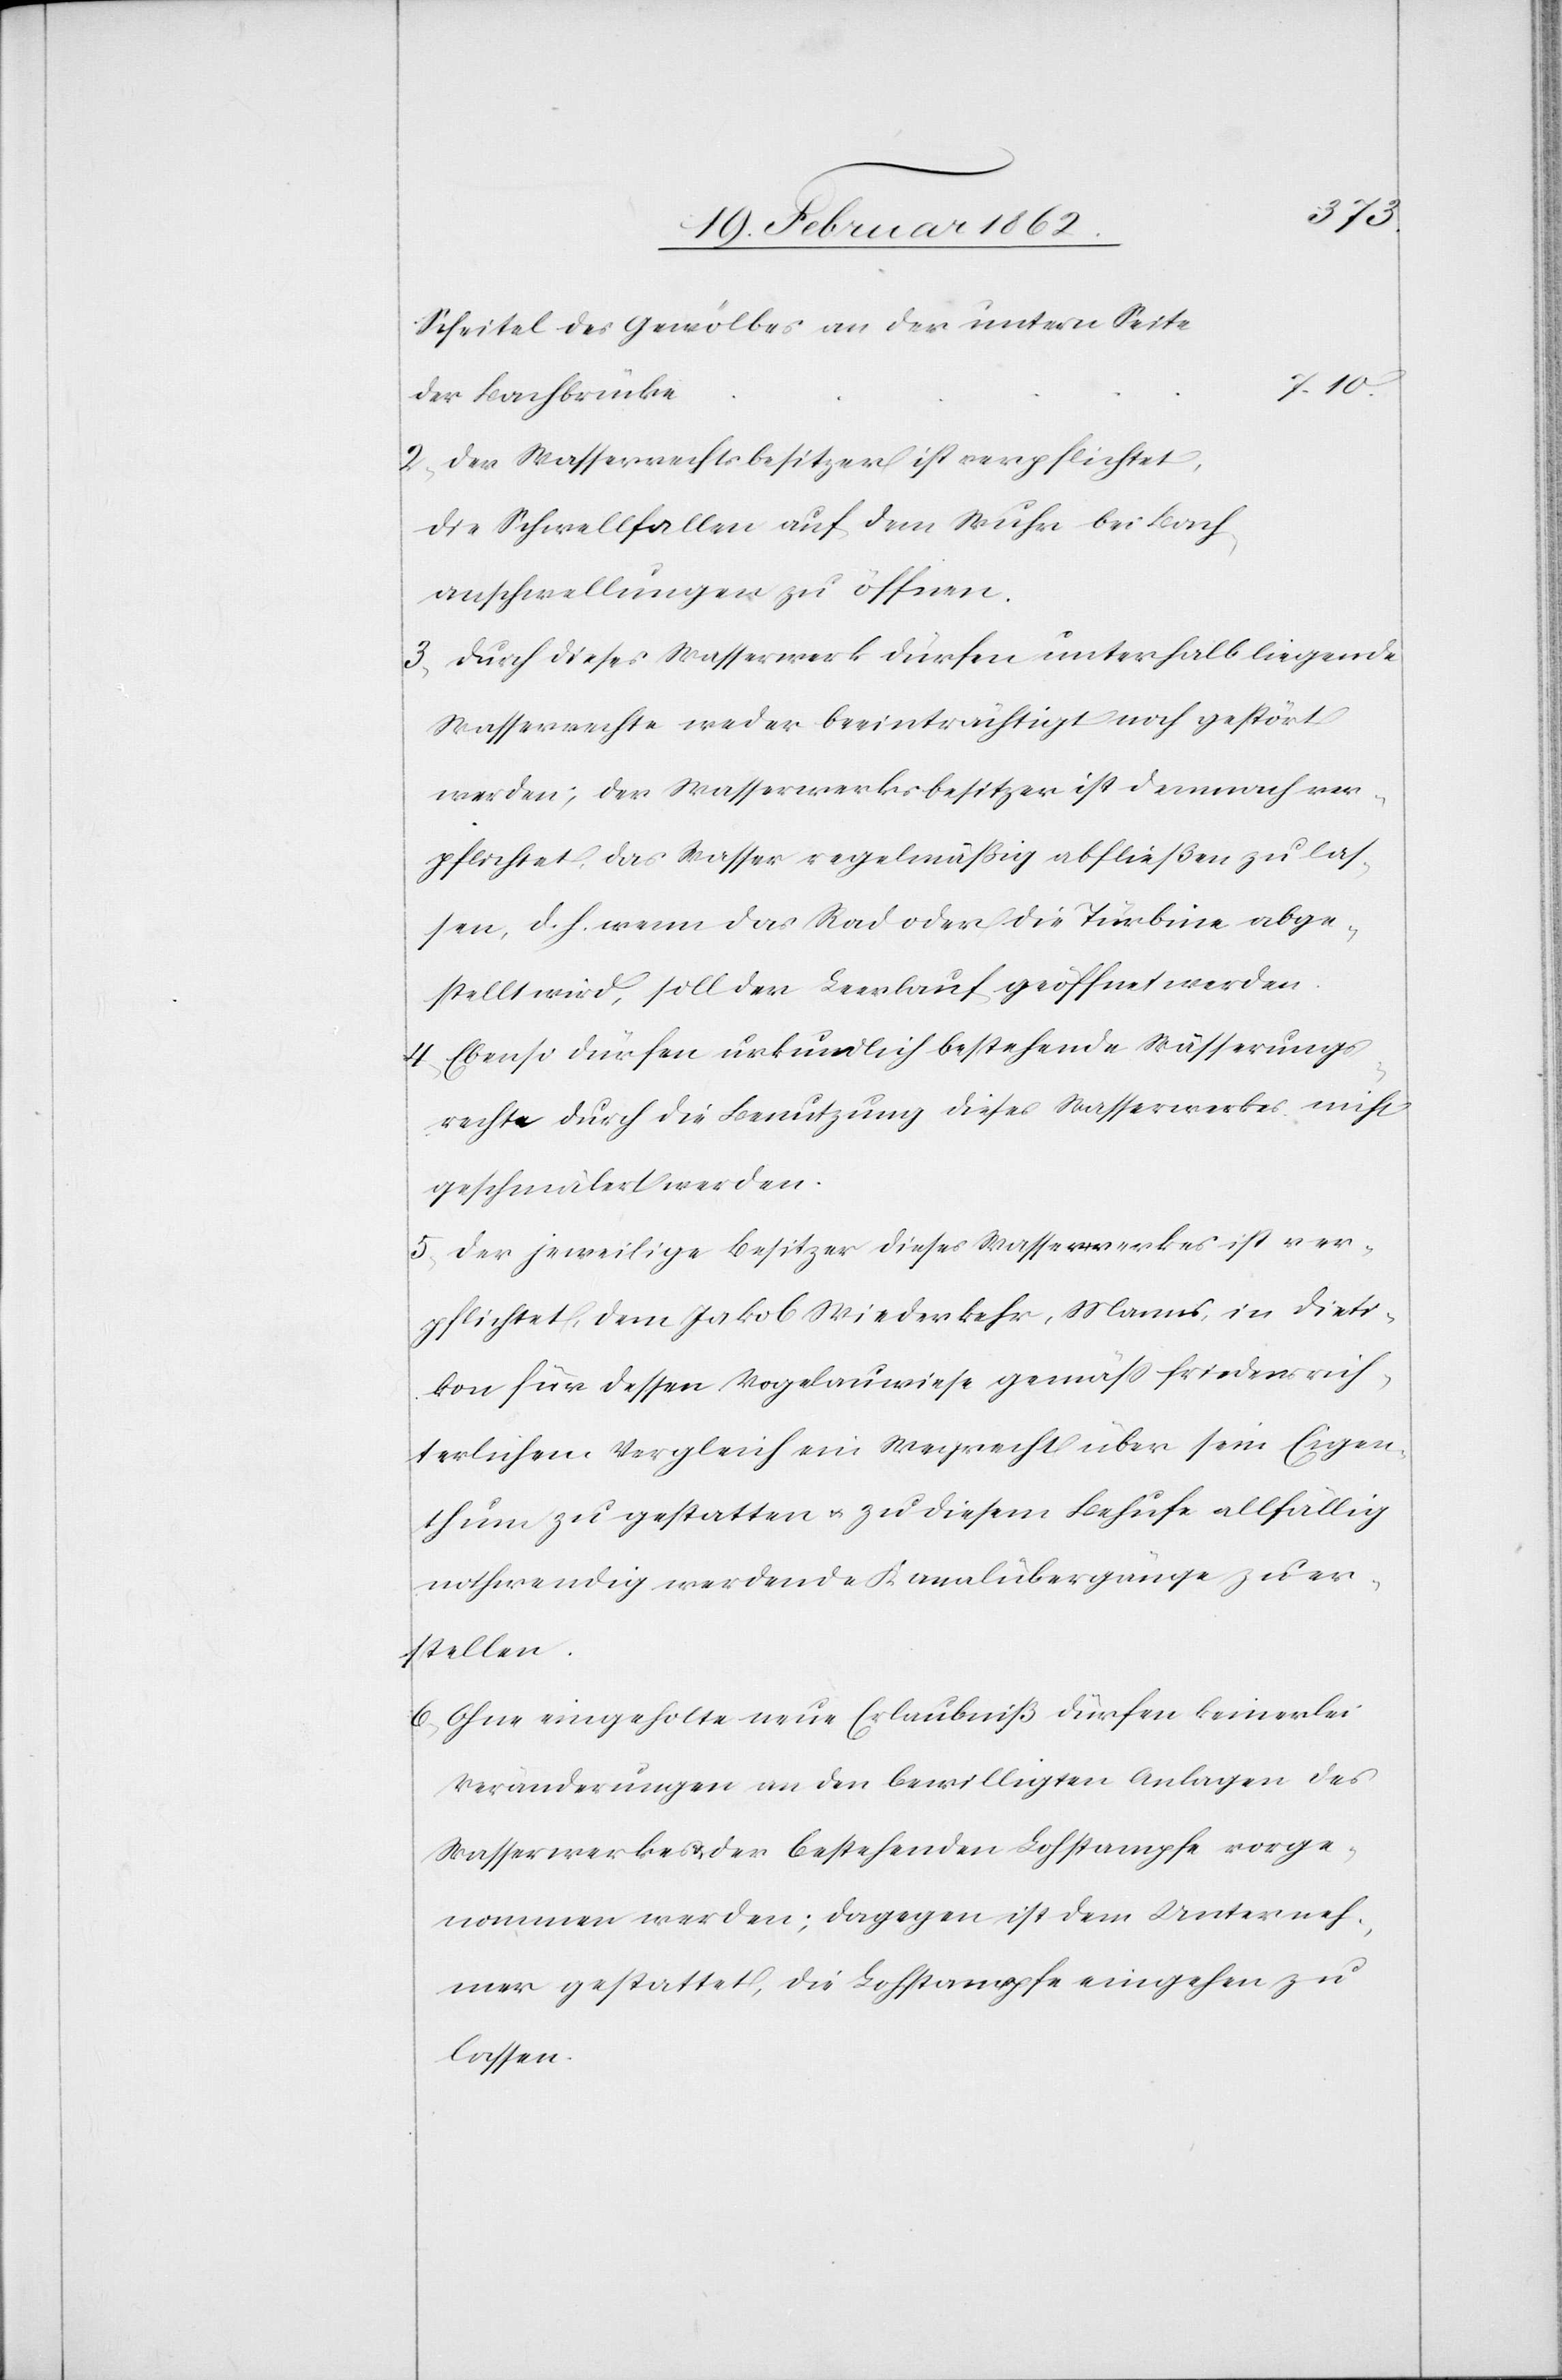
Scheitel des Gewölbes an der untern Seite
der Bachbrücke
2) Der Wasserrechtsbesitzer ist verpflichtet,
die Schwellfallen auf dem Wuhr bei Bach¬
anschwellungen zu öffnen.
3) Durch dieses Wasserwerk dürfen unterhalb liegende
Wasserrechte weder beeinträchtigt noch gestört
werden; der Wasserwerksbesitzer ist demnach ver¬
pflichtet, das Wasser regelmäßig abfließen zu las¬
sen, d. h. wenn das Rad oder die Turbine abge¬
stellt wird, soll der Leerlauf geöffnet werden.
4) Ebenso dürfen urkundlich bestehende Wässerungs¬
rechte durch die Benutzung dieses Wasserwerkes nicht
geschmälert werden.
5) Der jeweilige Besitzer dieses Wasserwerkes ist ver¬
pflichtet, dem Jakob Wiederkehr, Manns [sic!], in Dieti¬
kon für dessen Vogelauwiese gemäß friedensrich¬
terlichem Vergleich ein Wegrecht über sein Eigen¬
thum zu gestatten u. zu diesem Behufe allfällig
nothwendig werdende Kanalübergänge zu er¬
stellen.
6) Ohne eingeholte neue Erlaubniß dürfen keinerlei
Veränderungen an den bewilligten Anlagen des
Wasserwerkes & der bestehenden Lohstampfe vorge¬
nomen werden; dagegen ist dem Unterneh¬
mer gestattet, die Lohstampfe eingehen zu
lassen.